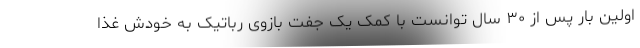
اولین بار پس از ۳۰ سال توانست با کمک یک جفت بازوی رباتیک به خودش غذا